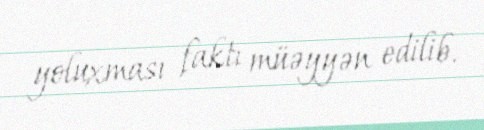
yoluxması faktı müəyyən edilib.